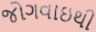
જોગવાઇથી